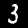
Digit: 3